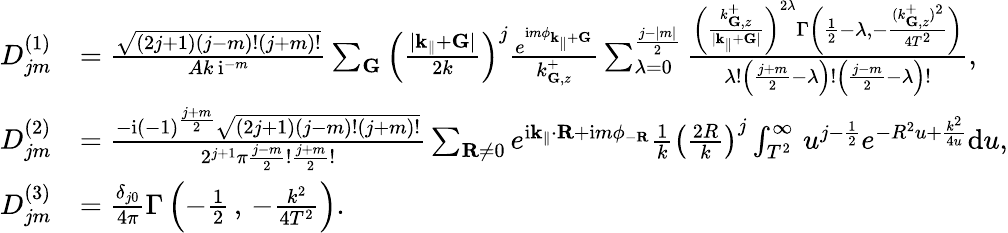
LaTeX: \begin{array}{rl}{D_{jm}^{(1)}}&{=\frac{\sqrt{(2j+1)(j-m)!(j+m)!}}{Ak\, \mathrm{i}^{-m}}\sum_{\mathbf{G}}\left(\frac{|\mathbf{k}_{\parallel}+\mathbf{G}|}{2k}\right)^{j}\frac{e^{\mathrm{i}m\phi_{\mathbf{k}_{\parallel}+\mathbf{G}}}}{k_{\mathbf{G},z}^{+}}\sum_{\lambda=0}^{\frac{j-|m|}{2}}\frac{\left(\frac{k_{\mathbf{G},z}^{+}}{|\mathbf{k}_{\parallel}+\mathbf{G}|}\right)^{2\lambda}\Gamma\left(\frac{1}{2}-\lambda,-\frac{(k_{\mathbf{G},z}^{+})^{2}}{4T^{2}}\right)}{\lambda!\left(\frac{j+m}{2}-\lambda\right)!\left(\frac{j-m}{2}-\lambda\right)!},}\\ {D_{jm}^{(2)}}&{=\frac{-\mathrm{i}(-1)^{\frac{j+m}{2}}\sqrt{(2j+1)(j-m)!(j+m)!}}{2^{j+1}\pi\frac{j-m}{2}!\frac{j+m}{2}!}\sum_{\mathbf{R}\neq 0}e^{\mathrm{i}\mathbf{k}_{\parallel}\cdot\mathbf{R}+\mathrm{i}m\phi_{-\mathbf{R}}}\frac{1}{k}\left(\frac{2R}{k}\right)^{j}\int_{T^{2}}^{\infty}\, u^{j-\frac{1}{2}}e^{-R^{2}u+\frac{k^{2}}{4u}}\mathrm{d}u,}\\ {D_{jm}^{(3)}}&{=\frac{\delta_{j0}}{4\pi}\Gamma\left(-\frac{1}{2}\, ,\, -\frac{k^{2}}{4T^{2}}\right).}\end{array}